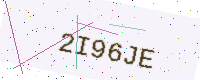
Text: 2I96JE